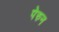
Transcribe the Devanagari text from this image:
पेरुन